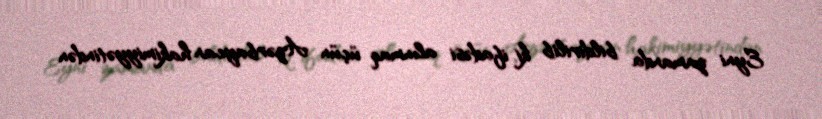
Eyni zamanda bildirilib ki, ifadəsi alınmaq üçün Azərbaycan hakimiyyətindən